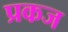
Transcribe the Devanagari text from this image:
प्रकज